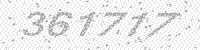
Solution: 361717